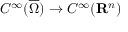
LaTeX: \displaystyle { C ^ { \infty } ( { \overline { { \Omega } } } ) \rightarrow C ^ { \infty } ( \mathbf { R } ^ { n } ) }